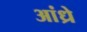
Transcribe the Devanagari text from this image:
आंध्रे